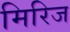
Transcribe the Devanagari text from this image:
मिरिज